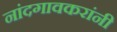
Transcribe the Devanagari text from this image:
नांदगावकरांनी